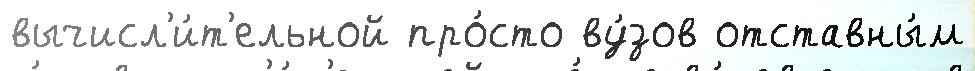
вычисл'и́т'ельной про́сто ву́зов отставны́м